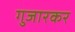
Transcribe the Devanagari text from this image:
गुजारकर